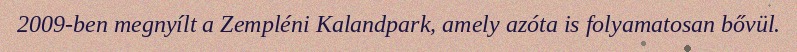
2009-ben megnyílt a Zempléni Kalandpark, amely azóta is folyamatosan bővül.